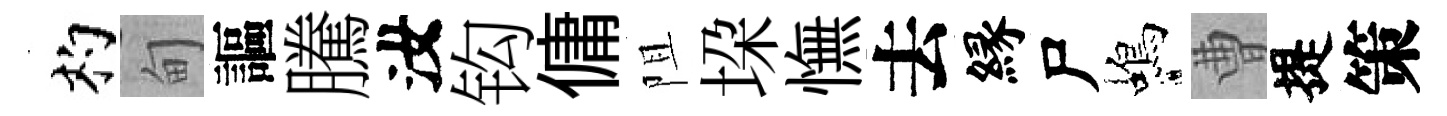
杓甸謳騰汝钩傭阻垜憮去縁尸蝎曹提策